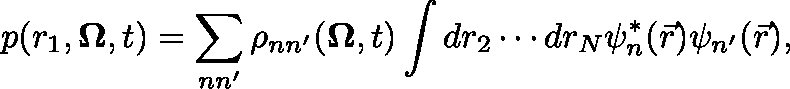
p ( r _ { 1 } , \mathbf { \Omega } , t ) = \sum _ { n n ^ { \prime } } \rho _ { n n ^ { \prime } } ( \mathbf { \Omega } , t ) \int d { r } _ { 2 } \cdots d { r } _ { N } \psi _ { n } ^ { * } ( \Vec { r } ) \psi _ { n ^ { \prime } } ( \Vec { r } ) ,